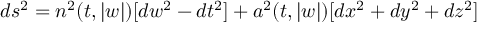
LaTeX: d s ^ { 2 } = n ^ { 2 } ( t , | w | ) [ d w ^ { 2 } - d t ^ { 2 } ] + a ^ { 2 } ( t , | w | ) [ d x ^ { 2 } + d y ^ { 2 } + d z ^ { 2 } ]